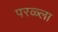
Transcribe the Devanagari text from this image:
परळ्ला